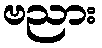
ဗညား